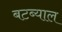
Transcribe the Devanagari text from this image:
बटब्याल